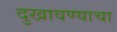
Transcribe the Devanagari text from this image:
दुखावण्याचा